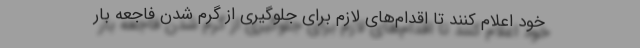
خود اعلام کنند تا اقدام‌های لازم برای جلوگیری از گرم شدن فاجعه بار